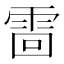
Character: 䨓